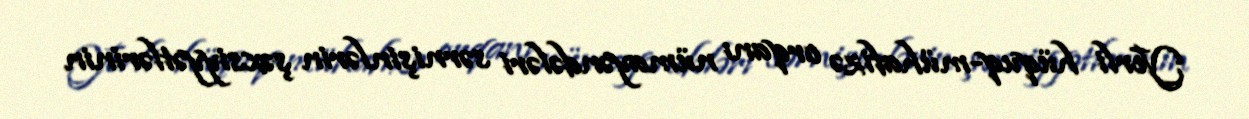
Yerli hüquq-mühafizə orqanı nümayəndələri sərnişinlərin şəxsiyyətlərinin